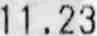
11.23